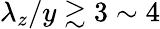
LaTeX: \lambda_{z}/y\gtrsim 3\sim 4